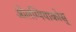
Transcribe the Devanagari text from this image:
ओलम्पियाकोस्